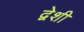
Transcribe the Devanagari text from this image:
द्वेशी